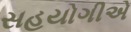
સહયોગીએ